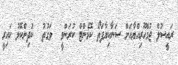
ރައީސުލް ޖުމްޙޫރިއްޔާއަށް ސަނާކިޔާފަތޯ ކޮމެންޓް ކުރަންވީ  ވަގުތު  ކުދިންކޮޅު ކައިރީ